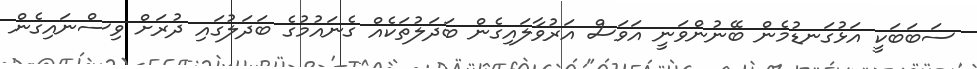
ސަބަބަކީ އަޅުގަނޑުމެން ބޭނުންވަނީ އަވަސް އަރުވާލައިގެން ބަދަލުތަކެއް ގެނައުމުގެ ބަދަލުގައި ދުރަށް ވިސްނައިގެން